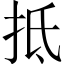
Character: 抵